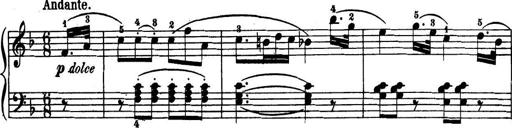
Title: 32 Sonatinas and Rondos for the Piano
Composer: Richard Kleinmichel